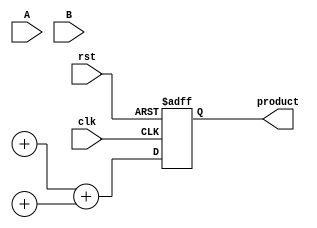
module PipelinedWallaceTreeMultiplier #(parameter N = 8) (
    input  wire [N-1:0] A,
    input  wire [N-1:0] B,
    input  wire clk,
    input  wire rst,
    output reg [2*N-1:0] product
);

    // Intermediate signals for partial products
    wire [N-1:0] partial_products[N-1:0];
    wire [2*N-1:0] sum1[N-1:0];
    wire [2*N-1:0] carry1[N-1:0];
    wire [2*N-1:0] sum2[N-1:0];
    wire [2*N-1:0] carry2[N-1:0];
    wire [2*N-1:0] final_sum;
    wire [2*N-1:0] final_carry;

    // Generate partial products
    generate
        genvar i;
        for (i = 0; i < N; i = i + 1) begin : gen_partial_products
            assign partial_products[i] = A & {N{B[i]}};
        end
    endgenerate

    // 1st stage: Carry-Save Addition (CSA) for partial products
    wire [N:0] csa1_sum[N/3:0];
    wire [N:0] csa1_carry[N/3:0];

    generate
        for (i = 0; i < N/3; i = i + 1) begin : csa1
            assign csa1_sum[i] = partial_products[3*i] + partial_products[3*i+1] + partial_products[3*i+2];
            assign csa1_carry[i] = {1'b0, (partial_products[3*i] & partial_products[3*i+1]) | (partial_products[3*i] & partial_products[3*i+2]) | (partial_products[3*i+1] & partial_products[3*i+2])};
        end
    endgenerate

    // 2nd stage: CSA Reduction
    generate
        for (i = 0; i < (N/3)/3; i = i + 1) begin : csa2
            assign sum2[i] = csa1_sum[3*i] + csa1_sum[3*i+1] + csa1_sum[3*i+2];
            assign carry2[i] = csa1_carry[3*i] + csa1_carry[3*i+1] + csa1_carry[3*i+2];
        end
    endgenerate

    // Final addition to get the product
    always @(posedge clk or posedge rst) begin
        if (rst) begin
            product <= 0;
        end else begin
            product <= final_sum + final_carry;
        end
    end

    // Final stage: Last addition of the two rows
    assign final_sum = sum2[0] + sum2[1];
    assign final_carry = carry2[0] + carry2[1];

endmodule